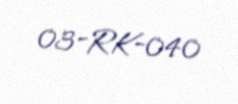
03-RK-040